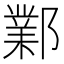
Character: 鄴